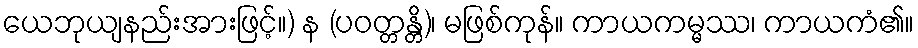
ယေဘုယျနည်းအားဖြင့်။) န (ပဝတ္တန္တိ)၊ မဖြစ်ကုန်။ ကာယကမ္မဿ၊ ကာယကံ၏။